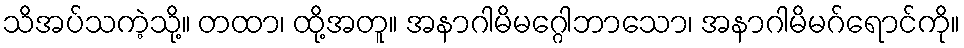
သိအပ်သကဲ့သို့။ တထာ၊ ထို့အတူ။ အနာဂါမိမဂ္ဂေါဘာသော၊ အနာဂါမိမဂ်ရောင်ကို။